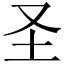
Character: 圣